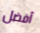
أفضل